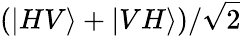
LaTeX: (|HV\rangle+|VH\rangle)/\sqrt{2}